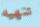
تنهيه